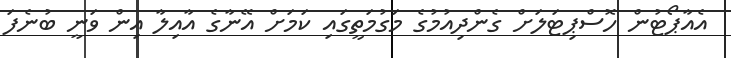
އެއާޕޯޓުން ހޮސްޕިޓަލަށް ގެންދިއުމުގެ މަގުމަތީގައި ކަމަށް އޭނާގެ އާއިލާ އިން ވަނީ ބުނެފަ